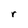
Character: r